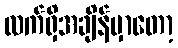
လက်ရှိအချိန်မှာတော့